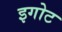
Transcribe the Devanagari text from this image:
इगोट